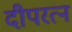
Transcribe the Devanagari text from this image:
दीपरत्न